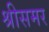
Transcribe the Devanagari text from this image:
श्रीसमर